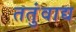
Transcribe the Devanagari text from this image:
ततुंवाद्य